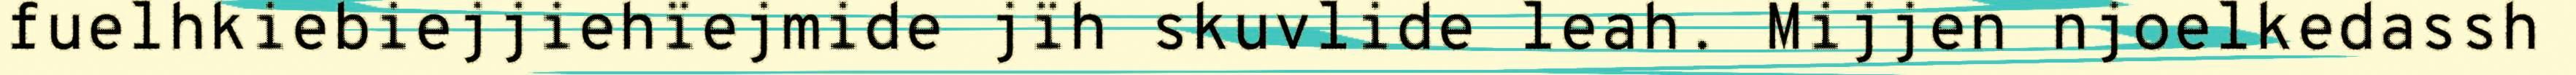
fuelhkiebiejjiehïejmide jïh skuvlide leah. Mijjen njoelkedassh